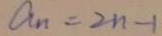
a _ { n } = 2 n - 1